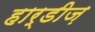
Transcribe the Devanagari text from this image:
हार्डीज़